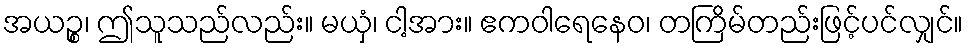
အယဉ္စ၊ ဤသူသည်လည်း။ မယှံ၊ ငါ့အား။ ဧကဝါရေနေဝ၊ တကြိမ်တည်းဖြင့်ပင်လျှင်။